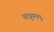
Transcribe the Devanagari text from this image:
चाहूल५